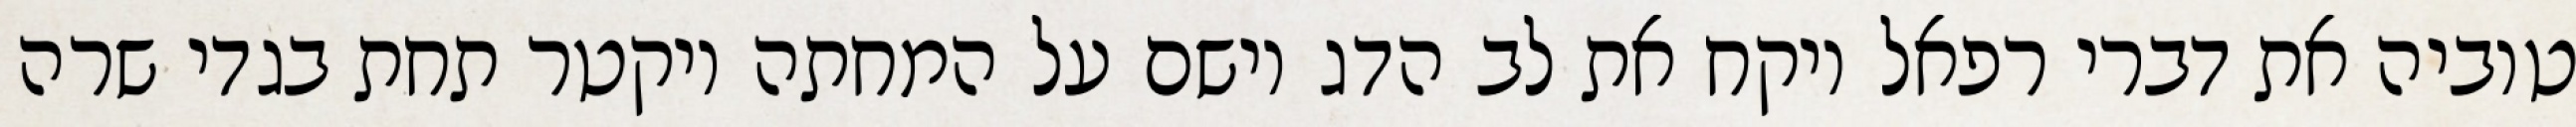
טוביה את דברי רפאל ויקח את לב הדג וישם על המחתה ויקטר תחת בגדי שרה